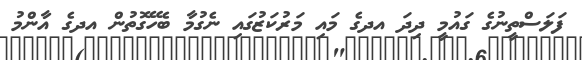
ފަލަސްތީނުގެ ގައުމީ ދިދަ އދގެ މައި މަރުކަޒުގައި ނެގުމާ ބެހޭގޮތުން އދގެ އާންމު